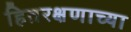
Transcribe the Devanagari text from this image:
हितरक्षणाच्या